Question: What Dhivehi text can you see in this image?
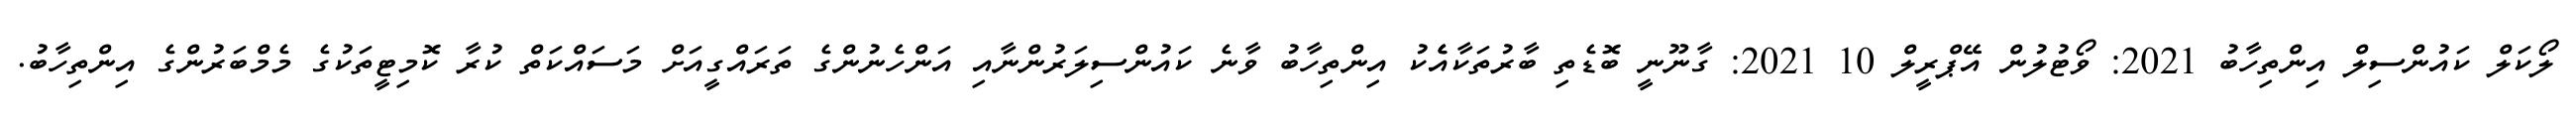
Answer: ލޯކަލް ކައުންސިލް އިންތިހާބު 2021: ވޯޓުލުން އޭޕްރީލް 10 2021: ގާނޫނީ ބޮޑެތި ބާރުތަކާއެެކު އިންތިހާބު ވާނެ ކައުންސިލަރުންނާއި އަންހެނުންގެ ތަރައްގީއަށް މަސައްކަތް ކުރާ ކޮމިޓީތަކުގެ މެމްބަރުންގެ އިންތިހާބު.